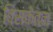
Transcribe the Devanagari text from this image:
विसंकेतन